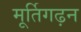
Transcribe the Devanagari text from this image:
मूर्तिगढ़न